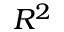
R ^ { 2 }